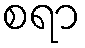
စရာ